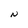
Character: N